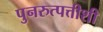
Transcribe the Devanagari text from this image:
पुनरुत्पत्तीशी